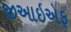
જીઆઇએફ